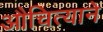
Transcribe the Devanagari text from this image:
औचित्याने